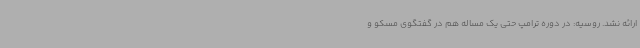
ارائه نشد. روسیه: در دوره ترامپ حتی یک مساله هم در گفتگوی مسکو و